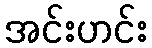
အင်းဟင်း